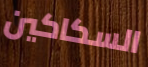
السكاكين